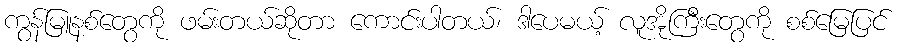
ကွန်မြူနစ်တွေကို ဖမ်းတယ်ဆိုတာ ကောင်းပါတယ်၊ ဒါပေမယ့် လူအိုကြီးတွေကို စစ်မြေပြင်